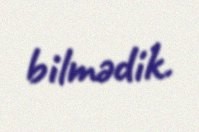
bilmədik.